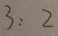
3 : 2